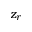
z _ { r }